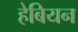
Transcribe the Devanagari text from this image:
हेबियन